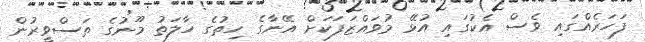
ފަހަރެއްގައި ވެސް އެކުގައި އުޅޭ މުވައްޒަފަކަށް އޭނާގެ ހިތުގެ ހާލަތު މޫނުގެ ތަސްވީރުން